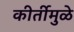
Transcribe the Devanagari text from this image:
कीर्तीमुळे